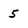
Character: 5